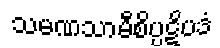
သမဏသာမီစိပ္ပဋိပဒံ